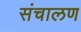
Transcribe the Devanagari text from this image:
संचालण